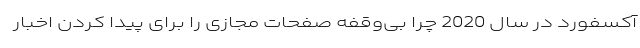
آکسفورد در سال 2020 چرا بی‌وقفه صفحات مجازی را برای پیدا کردن اخبار